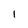
Character: I